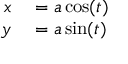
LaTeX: \begin{array} { r l } { x } & { { } = a \cos ( t ) } \\ { y } & { { } = a \sin ( t ) } \end{array}